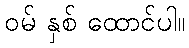
ဝမ် နှစ် ထောင်ပါ။